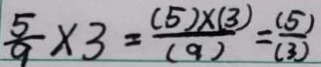
\frac { 5 } { 9 } \times 3 = \frac { ( 5 ) \times ( 3 ) } { ( 9 ) } = \frac { ( 5 ) } { ( 3 ) }